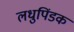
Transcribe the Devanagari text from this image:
लधुपिंडक